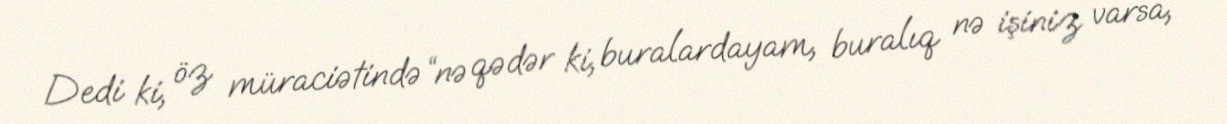
Dedi ki, öz müraciətində “nə qədər ki, buralardayam, buralıq nə işiniz varsa,